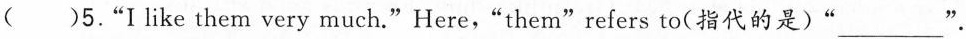
()5.“Ilike them very much.“Here,"them“refers to(指代的是)“___"